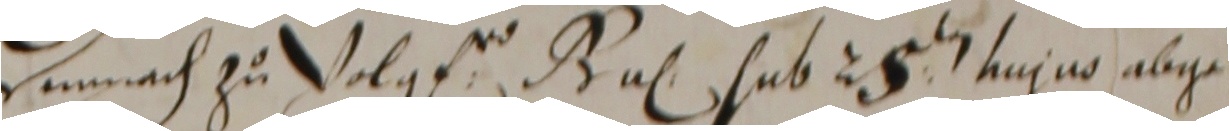
henach zu vVolg ga sub 25 agno 16ge